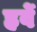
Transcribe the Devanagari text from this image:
हर्वे